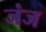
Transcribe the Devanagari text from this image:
जंज